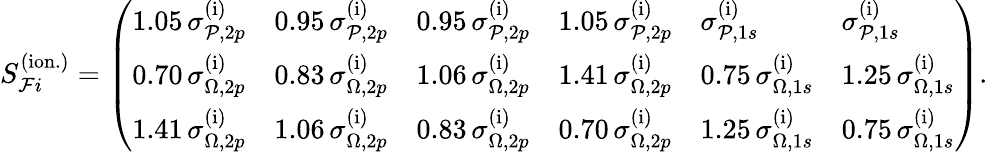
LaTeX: S_{\mathcal{F}i}^{(\mathrm{ion.})}=\left(\begin{array}{llllll}{1.05\, \sigma_{\mathcal{P},2p}^{(\mathrm{i})}}&{0.95\, \sigma_{\mathcal{P},2p}^{(\mathrm{i})}}&{0.95\, \sigma_{\mathcal{P},2p}^{(\mathrm{i})}}&{1.05\, \sigma_{\mathcal{P},2p}^{(\mathrm{i})}}&{\sigma_{\mathcal{P},1s}^{(\mathrm{i})}}&{\sigma_{\mathcal{P},1s}^{(\mathrm{i})}}\\ {0.70\, \sigma_{\Omega,2p}^{(\mathrm{i})}}&{0.83\, \sigma_{\Omega,2p}^{(\mathrm{i})}}&{1.06\, \sigma_{\Omega,2p}^{(\mathrm{i})}}&{1.41\, \sigma_{\Omega,2p}^{(\mathrm{i})}}&{0.75\, \sigma_{\Omega,1s}^{(\mathrm{i})}}&{1.25\, \sigma_{\Omega,1s}^{(\mathrm{i})}}\\ {1.41\, \sigma_{\Omega,2p}^{(\mathrm{i})}}&{1.06\, \sigma_{\Omega,2p}^{(\mathrm{i})}}&{0.83\, \sigma_{\Omega,2p}^{(\mathrm{i})}}&{0.70\, \sigma_{\Omega,2p}^{(\mathrm{i})}}&{1.25\, \sigma_{\Omega,1s}^{(\mathrm{i})}}&{0.75\, \sigma_{\Omega,1s}^{(\mathrm{i})}}\end{array}\right).